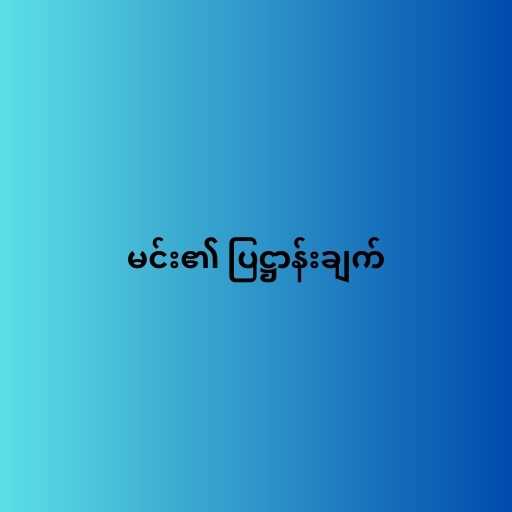
မင်း၏ ပြဋ္ဌာန်းချက်